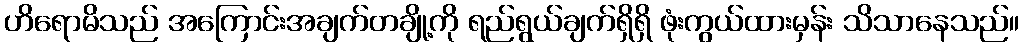
ဟိရောမိသည် အကြောင်းအချက်တချို့ကို ရည်ရွယ်ချက်ရှိရှိ ဖုံးကွယ်ထားမှန်း သိသာနေသည်။